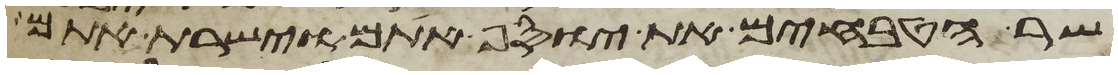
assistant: שר הטבחים את יוסף אתם וישרת אתם